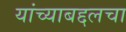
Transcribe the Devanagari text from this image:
यांच्याबद्दलचा